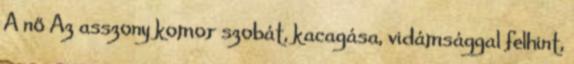
A nő Az asszony komor szobát, kacagása, vidámsággal felhint,